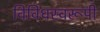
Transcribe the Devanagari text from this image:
विविधस्वरूपी